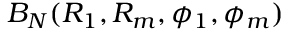
B _ { N } ( R _ { 1 } , R _ { m } , \phi _ { 1 } , \phi _ { m } )